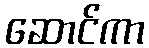
ဆောင်ကာ